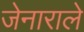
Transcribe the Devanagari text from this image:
जेनाराले